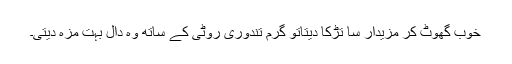
خوب گھوٹ کر مزیدار سا تڑکا دیتاتو گرم تندوری روٹی کے ساتھ وہ دال بہت مزہ دیتی۔